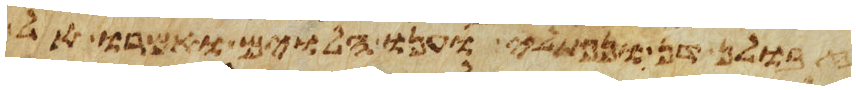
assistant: זבולן דן ונפתלי וענו הלוים ואמרו אל